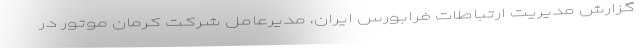
گزارش مدیریت ارتباطات فرابورس ایران، مدیرعامل شرکت کرمان موتور در